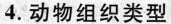
4.动物组织类型